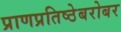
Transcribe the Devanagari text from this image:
प्राणप्रतिष्ठेबरोबर